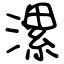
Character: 漯